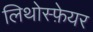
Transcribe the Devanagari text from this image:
लिथोस्फ़ेयर